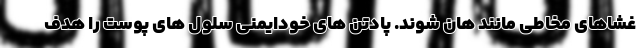
غشاهای مخاطی مانند هان شوند. پادتن های خودایمنی سلول های پوست را هدف